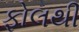
ફોલથી